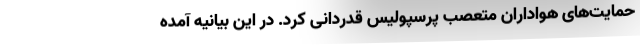
حمایت‌های هواداران متعصب پرسپولیس قدردانی کرد. در این بیانیه آمده